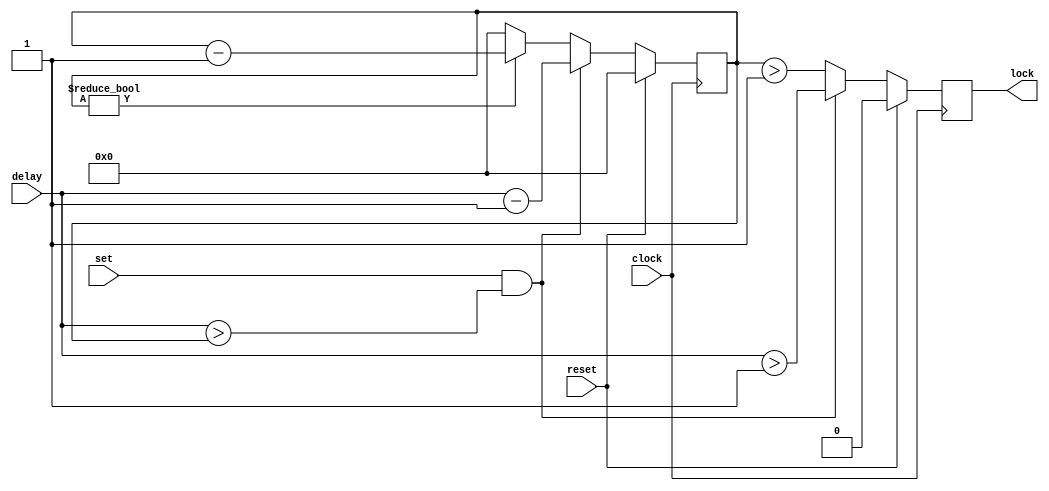
/*
 * Timeout Lock Module
 *
 * Copyright (c) 2021-2022 Alexei A. Smekalkine <ikle@ikle.ru>
 *
 * SPDX-License-Identifier: BSD-2-Clause
 */

`ifndef TIMER_TIMELOCK_V
`define TIMER_TIMELOCK_V  1

module timelock #(
	parameter W = 4
)(
	input clock, reset, input set, input [W-1:0] delay, output lock
);
	reg [W-1:0] count = 0;
	reg r_lock = 0;

	wire gt = (delay > count);

	always @(posedge clock)
		if (reset)
			r_lock <= 0;
		else
		if (set && gt)
			r_lock <= delay > 1;
		else
			r_lock <= count > 1;

	assign lock = r_lock;

	always @(posedge clock)
		if (reset)
			count <= 0;
		else
		if (set && gt)
			count <= delay - 1;
		else
		if (count != 0)
			count <= count - 1;
		else
			count <= 0;  /* remove extra wires */
endmodule

`endif  /* TIMER_TIMELOCK_V */